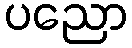
ပညော